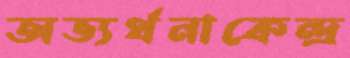
অভ্যর্থনাকেন্দ্র